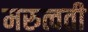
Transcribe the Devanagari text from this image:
मरुत्वती